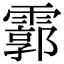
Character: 霩